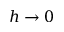
h \to 0